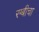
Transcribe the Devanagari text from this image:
रग्बीचा